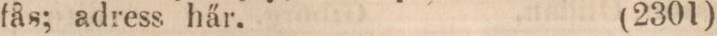
fås; adress här.    (2301)